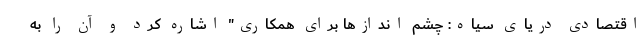
اقتصادی دریای سیاه: چشم اندازها برای همکاری" اشاره کرد و آن را به